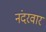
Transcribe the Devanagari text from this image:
नंदरवार